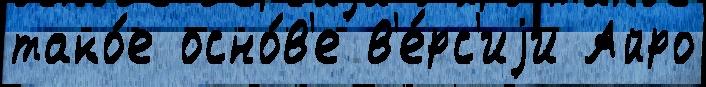
тако́е осно́в'е в'е́рс'иjи Айро